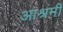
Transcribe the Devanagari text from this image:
आश्रमीं